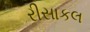
રીસાકલ